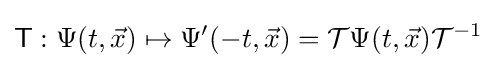
{\mathsf {T}}:\Psi (t,{\vec {x}})\mapsto \Psi ^{\prime }(-t,{\vec {x}})={\mathcal {T}}\Psi (t,{\vec {x}}){\mathcal {T}}^{-1}